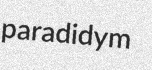
paradidym